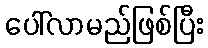
ပေါ်လာမည်ဖြစ်ပြီး